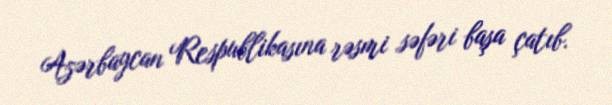
Azərbaycan Respublikasına rəsmi səfəri başa çatıb.